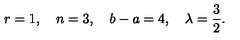
r = 1 , \quad n = 3 , \quad b - a = 4 , \quad \lambda = \frac { 3 } { 2 } .